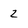
Character: 2